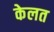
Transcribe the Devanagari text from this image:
केलत